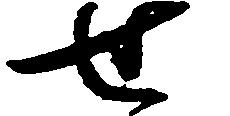
せ